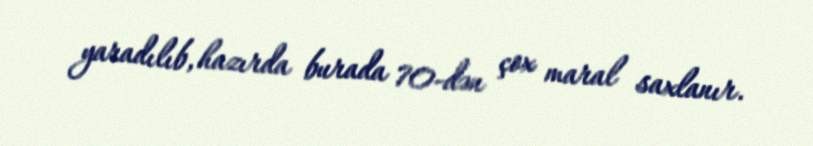
yaradılıb, hazırda burada 70-dən çox maral saxlanır.